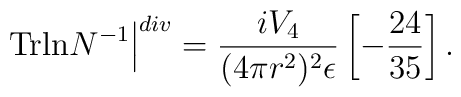
\left.{\rm Trln}N^{-1}\right\vert^{div}=\frac{iV_{4}}{(4\pi r^{2})^{2}\epsilon}\left[-\frac{24}{35}\right].